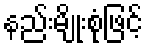
နည်းမျိုးစုံဖြင့်